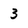
Character: 3